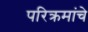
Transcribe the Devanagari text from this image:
परिक्रमांचे